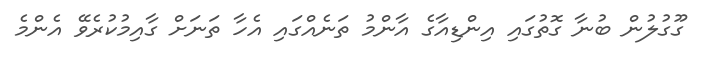
ގޫގުލުން ބުނާ ގޮތުގައި އިންޑިއާގެ އާންމު ތަނެއްގައި އެހާ ތަނަށް ގާއިމުކުރެވޭ އެންމެ